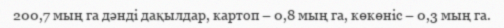
200,7 мың га дәнді дақылдар, картоп – 0,8 мың га, көкөніс – 0,3 мың га.